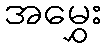
အမွှေး